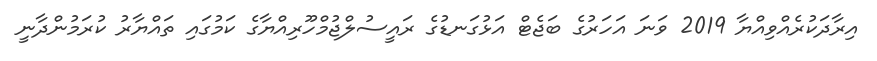
އިރާދަކުރެއްވިއްޔާ 2019 ވަނަ އަހަރުގެ ބަޖެޓް އަޅުގަނޑުގެ ރައީސުލްޖުމްހޫރިއްޔާގެ ކަމުގައި ތައްޔާރު ކުރަމުންދާނީ